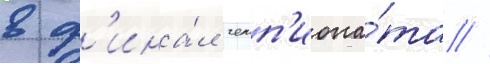
в ф'ина́л чемп'иона́та //